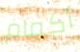
أكمام